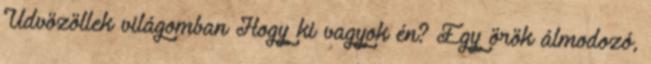
Üdvözöllek világomban Hogy ki vagyok én? Egy örök álmodozó,